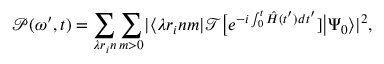
\mathcal { P } ( \omega ^ { \prime } , t ) = \sum _ { \lambda r _ { i } n } \sum _ { m > 0 } \rvert \langle \lambda r _ { i } n m | \mathcal { T } \big [ e ^ { - i \int _ { 0 } ^ { t } \hat { H } ( t ^ { \prime } ) d t ^ { \prime } } ] \big | \Psi _ { 0 } \rangle \rvert ^ { 2 } ,